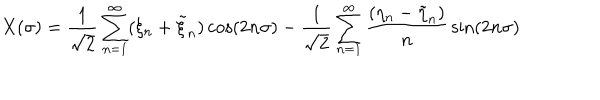
X ( \sigma ) = { \frac { 1 } { \sqrt { 2 } } } \sum _ { n = 1 } ^ { \infty } ( \xi _ { n } + \tilde { \xi } _ { n } ) \cos ( 2 n \sigma ) - { \frac { 1 } { \sqrt { 2 } } } \sum _ { n = 1 } ^ { \infty } { \frac { ( \eta _ { n } - \tilde { \eta } _ { n } ) } { n } } \sin ( 2 n \sigma )